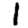
Digit: 1